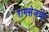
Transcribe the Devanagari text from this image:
रामसेजचा